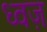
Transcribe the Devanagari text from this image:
ध्वज़